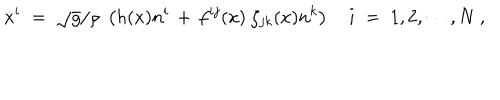
\dot { x } ^ { i } \; = \; \sqrt { g } / \rho \; \left( h ( x ) n ^ { i } \, + \, f ^ { i j } ( x ) \; \zeta _ { j k } ( x ) n ^ { k } \right) \quad i \; = \; 1 , 2 , \cdots , N \ ,